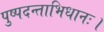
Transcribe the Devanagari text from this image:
पुष्पदन्ताभिधानः।